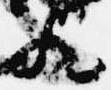
歟